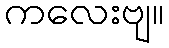
ကလေးဗျ။